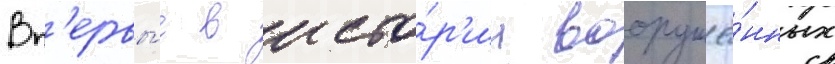
Вп'ервы́е в исто́р'ии вооружё́нных